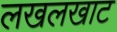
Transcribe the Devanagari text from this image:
लखलखाट